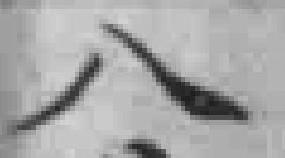
八